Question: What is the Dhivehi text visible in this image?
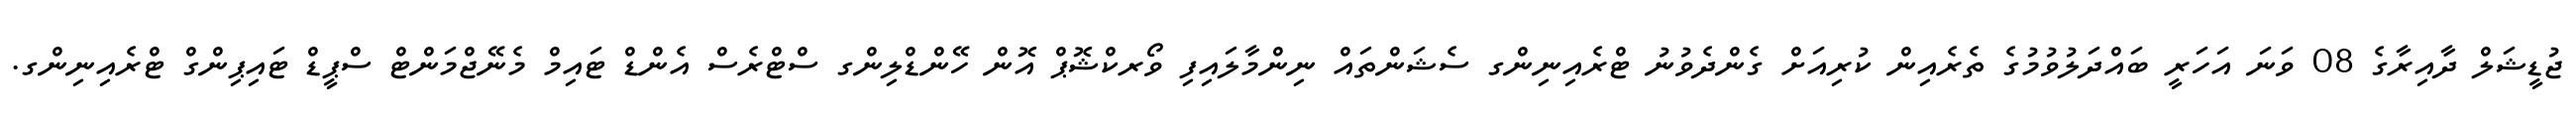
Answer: ޖުޑީޝަލް ދާއިރާގެ 08 ވަނަ އަހަރީ ބައްދަލުވުމުގެ ތެރެއިން ކުރިއަށް ގެންދެވުނު ޓްރެއިނިންގ ސެޝަންތައް ނިންމާލައިފި ވޯރކްޝޮޕް އޮން ހޭންޑްލިންގ ސްޓްރެސް އެންޑް ޓައިމް މެނޭޖްމަންޓް ސްޕީޑް ޓައިޕިންގް ޓްރެއިނިންގ.